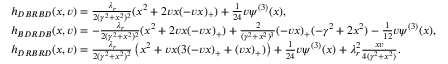
\begin{array} { r l } & { h _ { D B R B D } ( x , v ) = \frac { \lambda _ { r } } { 2 ( \gamma ^ { 2 } + x ^ { 2 } ) ^ { 2 } } ( x ^ { 2 } + 2 v x ( - v x ) _ { + } ) + \frac { 1 } { 2 4 } v \psi ^ { ( 3 ) } ( x ) , } \\ & { h _ { B D R D B } ( x , v ) = - \frac { \lambda _ { r } } { 2 ( \gamma ^ { 2 } + x ^ { 2 } ) ^ { 2 } } ( x ^ { 2 } + 2 v x ( - v x ) _ { + } ) + \frac { 2 } { ( \gamma ^ { 2 } + x ^ { 2 } ) ^ { 3 } } ( - v x ) _ { + } ( - \gamma ^ { 2 } + 2 x ^ { 2 } ) - \frac { 1 } { 1 2 } v \psi ^ { ( 3 ) } ( x ) , } \\ & { h _ { D R B R D } ( x , v ) = \frac { \lambda _ { r } } { 2 ( \gamma ^ { 2 } + x ^ { 2 } ) ^ { 2 } } \left( x ^ { 2 } + v x ( 3 ( - v x ) _ { + } + ( v x ) _ { + } ) \right) + \frac { 1 } { 2 4 } v \psi ^ { ( 3 ) } ( x ) + \lambda _ { r } ^ { 2 } \frac { x v } { 4 ( \gamma ^ { 2 } + x ^ { 2 } ) } . } \end{array}